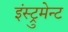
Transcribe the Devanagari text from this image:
इंस्ट्रुमेन्ट